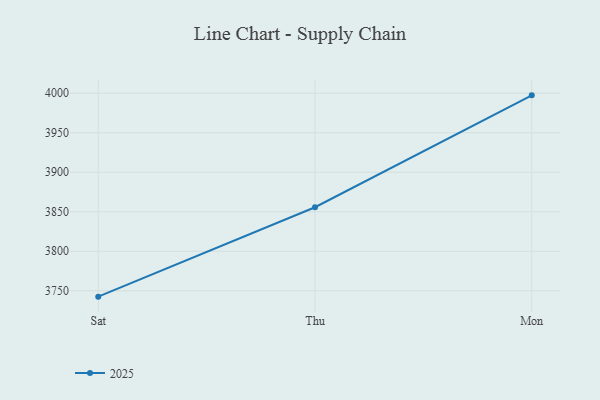
{"axis": {"x": "Day", "y": "Website Visitors"}, "legend": ["2025"], "data": [{"x": "Sat", "y": 3742.6, "type": "2025"}, {"x": "Thu", "y": 3855.7, "type": "2025"}, {"x": "Mon", "y": 3997.3, "type": "2025"}]}